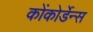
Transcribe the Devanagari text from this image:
कोंकोर्डेन्स